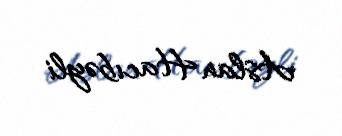
Aslan Hacıbəyli